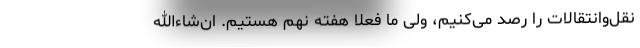
نقل‌وانتقالات را رصد می‌کنیم، ولی ما فعلاً هفته نهم هستیم. ان‌شاءالله